Civil Veterinary Dept. Bombay admin report 1893-99 - 1893-1899
Year: 1893
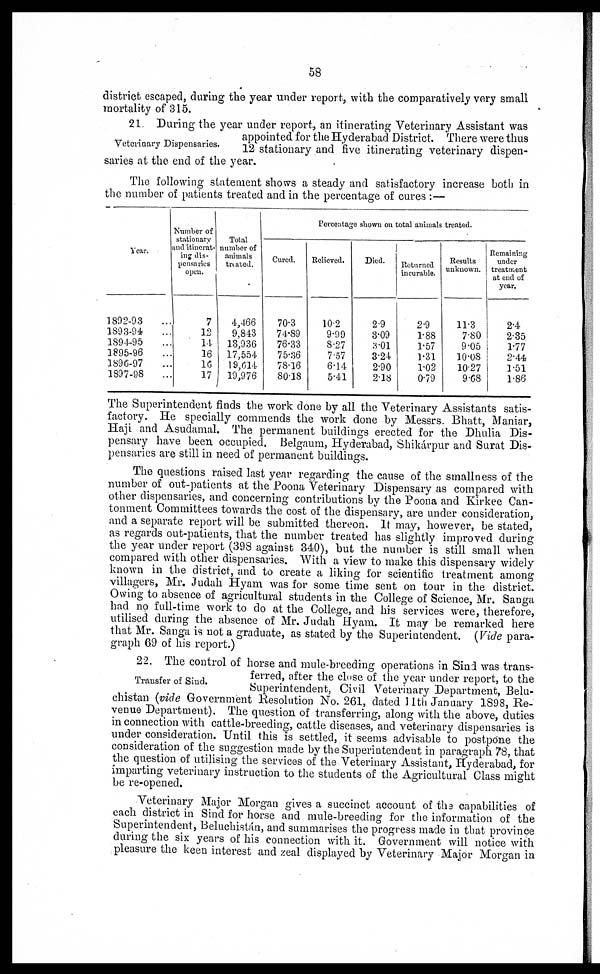
58
district escaped, during the year under report, with the comparatively very small
mortality of 315.
Veterinary Dispensaries.
21 During the year under report, an itinerating Veterinary Assistant was
appointed for the Hyderabad District. There were thus
12 stationary and five itinerating veterinary dispen-
saries at the end of the year.
The following statement shows a steady and satisfactory increase both in
the number of patients treated and in the percentage of cures :—
Year.
1892-93 …
1893-94 …
1894-95 …
1895-96 …
1896-97 …
1897-98 …
Number of
stationary
and itinerat-
ing dis-
pensaries
open.
7
12
14
16
16
17
Total
number of
animals
treated.
4,466
9,843
13,936
17,554
19,614
19,976
Percentage shown on total animals treated.
Cured.
70.3
74.89
76.33
75.36
78.16
80.18
Believed.
10.2
9.99
8.27
7.57
6.14
5.41
Died.
2.9
3.09
3.01
3.24
2.90
2.18
Returned
incurable.
2.9
1.88
1.57
1.31
1.02
0.79
Results
unknown.
11.3
7.80
9.05
10.08
10.27
9.68
Remaining
under
treatment
at end of
year.
2.4
2.35
1.77
2.44
1.51
1.86
The Superintendent finds the work done by all the Veterinary Assistants satis-
factory. He specially commends the work done by Messrs. Bhatt, Maniar,
Haji and Asudamal. The permanent buildings erected for the Dhulia Dis-
pensary have been occupied. Belgaum, Hyderabad, Shikárpur and Surat Dis-
pensaries are still in need of permanent buildings.
The questions raised last year regarding the cause of the smallness of the
number of out-patients at the Poona Veterinary Dispensary as compared with
other dispensaries, and concerning contributions by the Poona and Kirkee Can-
tonment Committees towards the cost of the dispensary, are under consideration,
and a separate report will be submitted thereon. It may, however, be stated,
as regards out-patients, that the number treated has slightly improved during
the year under report (398 against 340), but the number is still small when
compared with other dispensaries. With a view to make this dispensary widely
known in the district, and to create a liking for scientific treatment among
villagers, Mr. Judah Hyam was for some time sent on tour in the district.
Owing to absence of agricultural students in the College of Science, Mr. Sanga
had no full-time work to do at the College, and his services were, therefore,
utilised during the absence of Mr. Judah Hyam. It may be remarked here
that Mr. Sanga is not a graduate, as stated by the Superintendent. (Vide para-
graph 69 of his report.)
Transfer of Sind.
22. The control of horse and mule-breeding operations in Sind was trans-
ferred, after the close of the year under report, to the
Superintendent, Civil Veterinary Department, Belu-
chistan (vide Government Resolution No. 261, dated 11th January 1898, Re-
venue Department). The question of transferring, along with the above, duties
in connection with cattle-breeding, cattle diseases, and veterinary dispensaries is
under consideration. Until this is settled, it seems advisable to postpone the
consideration of the suggestion made by the Superintendent in paragraph 78, that
the question of utilising the services of the Veterinary Assistant, Hyderabad, for
imparting veterinary instruction to the students of the Agricultural Class might
be re-opened.
Veterinary Major Morgan gives a succinct account of the capabilities of
each district in Sind for horse and mule-breeding for the information of the
Superintendent, Beluchistán, and summarises the progress made in that province
during the six years of his connection with it. Government will notice with
pleasure the keen interest and zeal displayed by Veterinary Major Morgan in